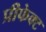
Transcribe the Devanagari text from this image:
प्रीफेक्ट